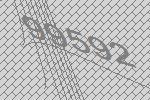
99592